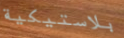
بلاستيكية